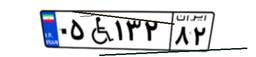
۳۵W۲۶۵۱۵